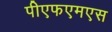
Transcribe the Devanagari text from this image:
पीएफएमएस